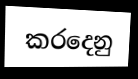
කරදෙනු